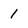
Character: I